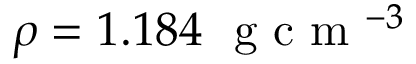
\rho = 1 . 1 8 4 ~ \mathrm { ~ g ~ c ~ m ~ } ^ { - 3 }